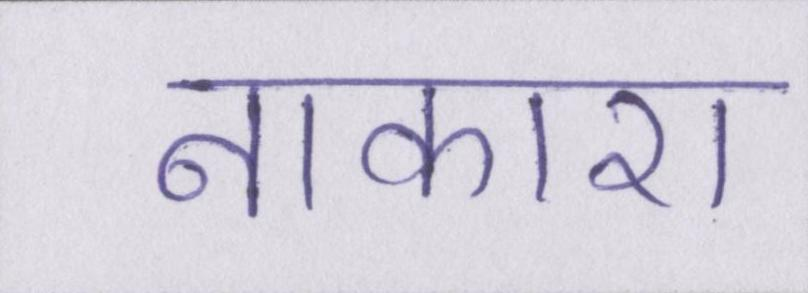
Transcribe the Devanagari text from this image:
नाकारा